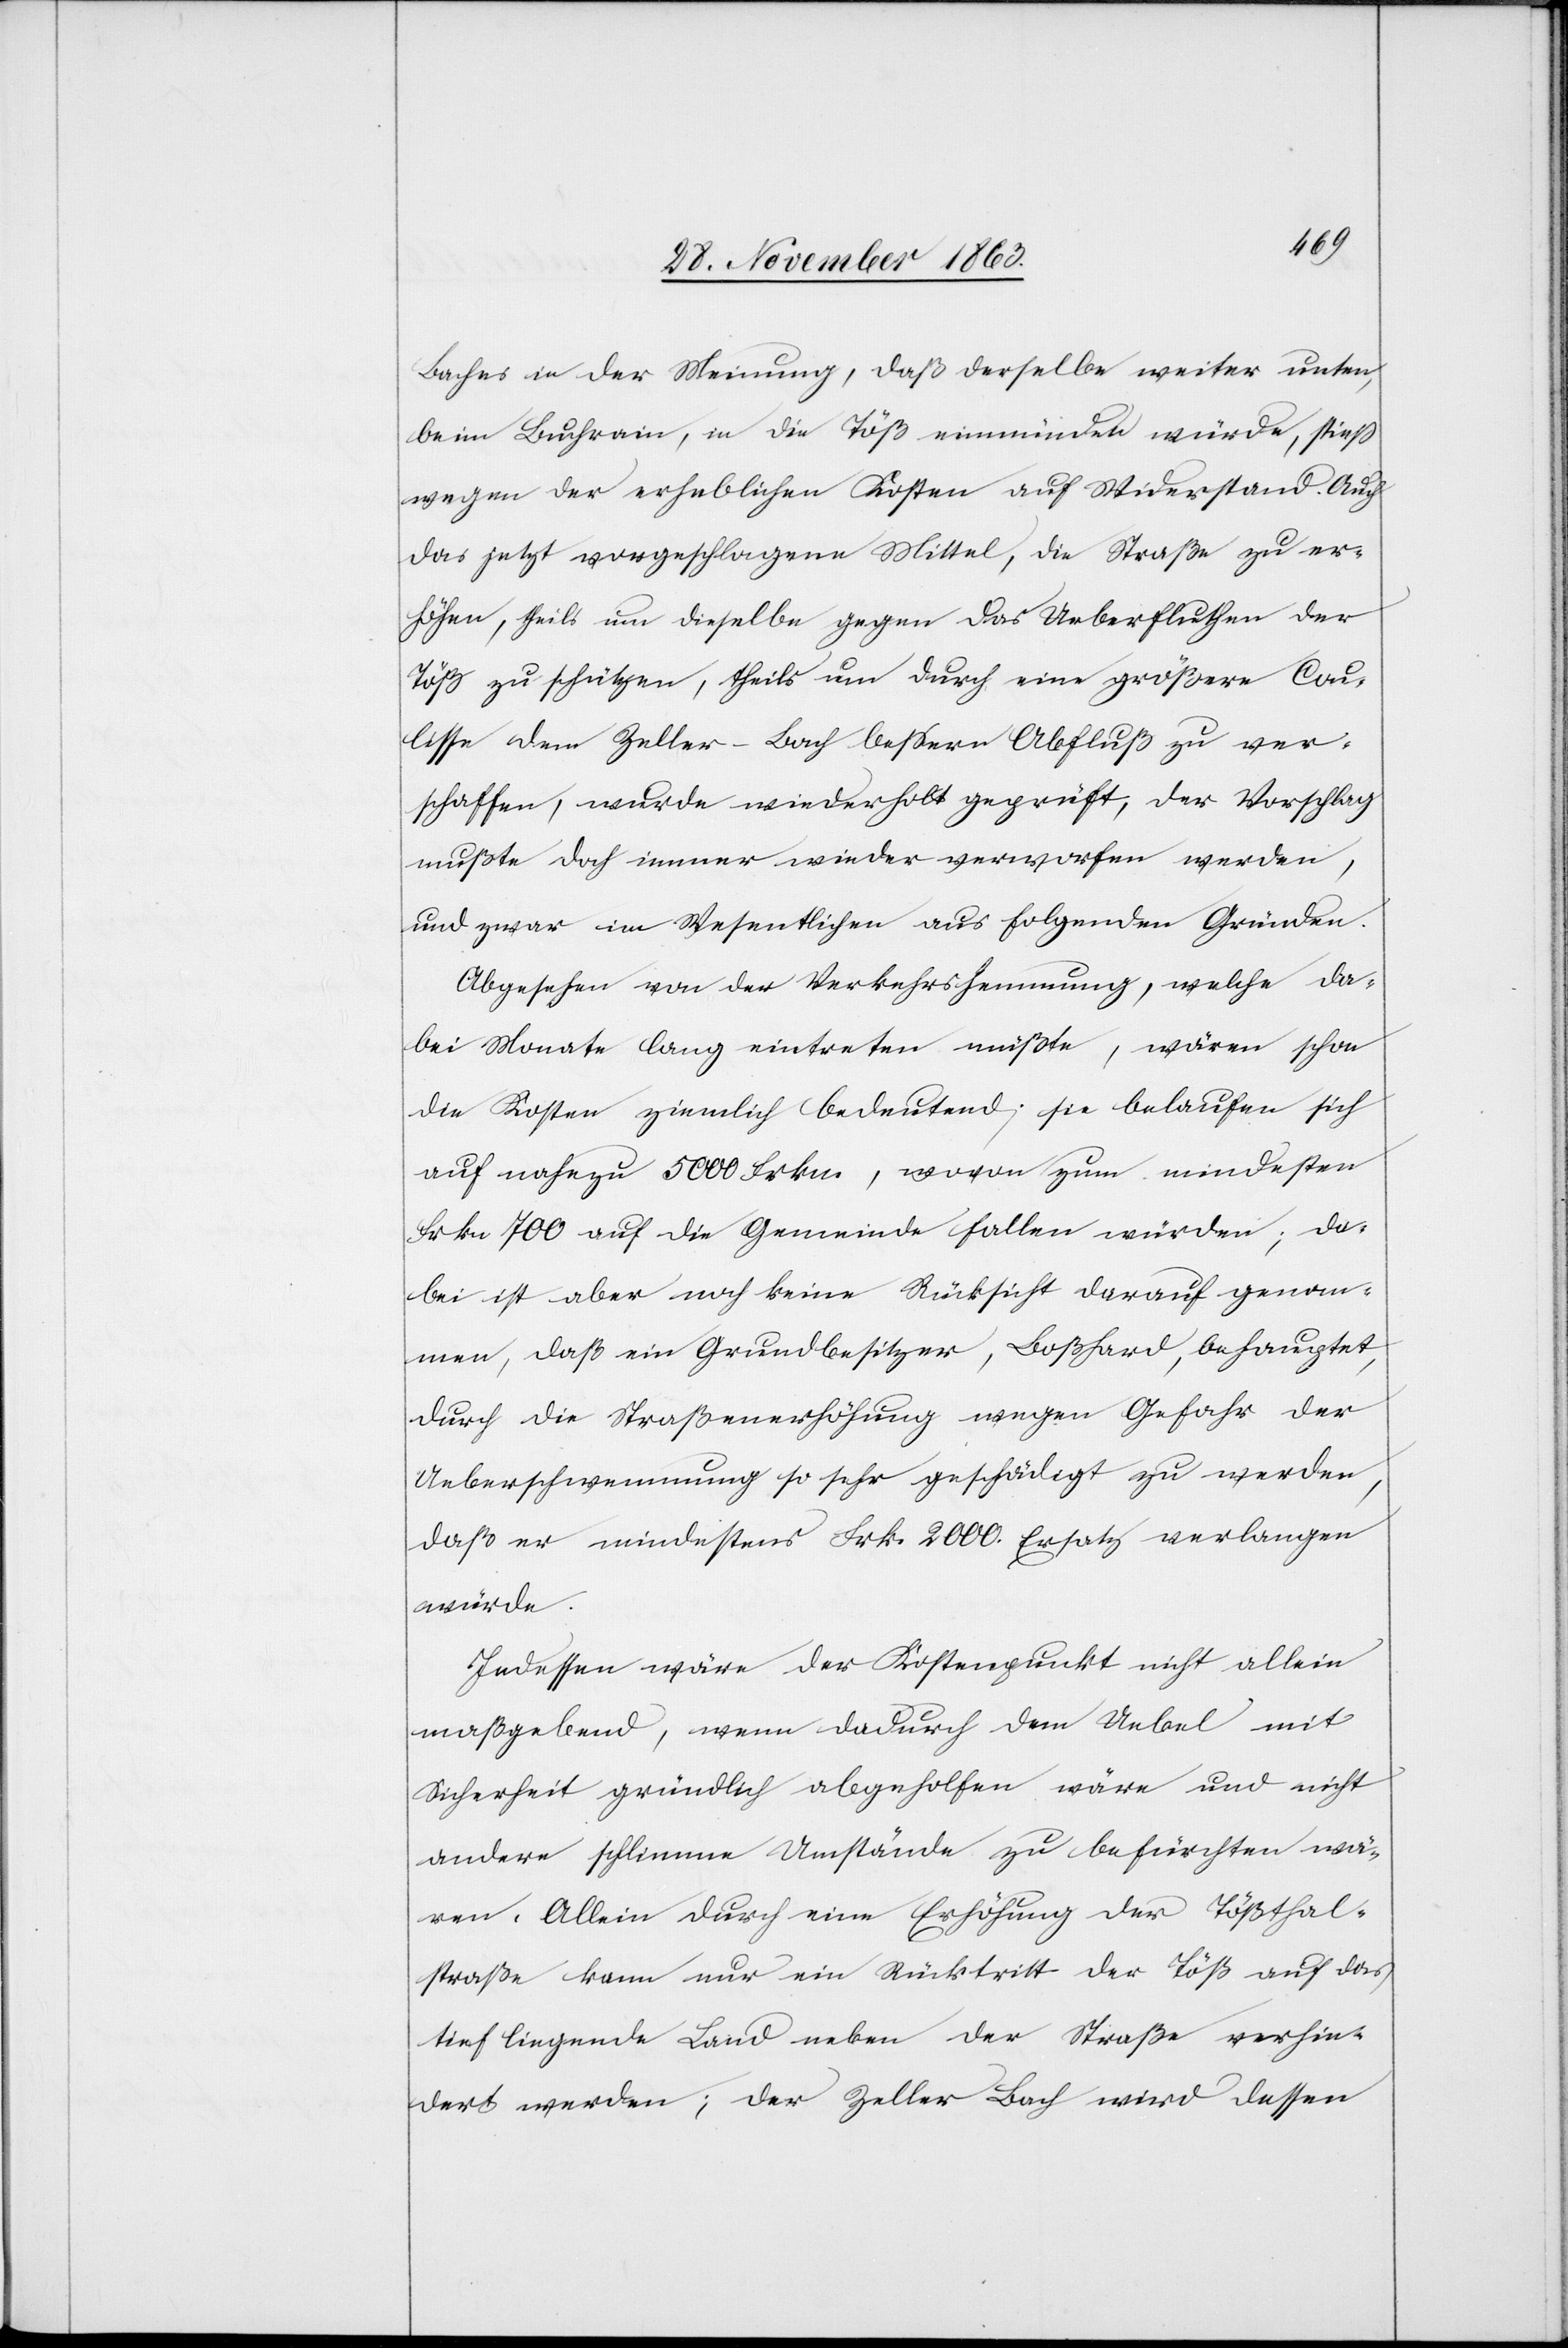
Baches in der Meinung, daß derselbe weiter unten,
beim Buchrain, in die Töß einmünden würde, stiess
wegen der erheblichen Kosten auf Widerstand. Auch
das jetzt vorgeschlagene Mittel, die Straße zu er¬
höhen, theils um dieselbe gegen das Ueberfluthen der
Töß zu schützen, theils um durch eine größere Cou¬
lisse dem Zeller-Bach bessern Abfluß zu ver¬
schaffen, wurde wiederholt geprüft, der Vorschlag
mußte doch immer wieder verworfen werden,
und zwar im Wesentlichen aus folgenden Gründen.
Abgesehen von der Verkehrshemmung, welche da¬
bei Monate lang eintreten müßte, wären schon
die Kosten ziemlich bedeutend; sie belaufen sich
auf nahezu 5000 Frkn., wovon zum mindesten
Frkn 700 auf die Gemeinde fallen würden; da¬
bei ist aber noch keine Rücksicht darauf genom¬
men, daß ein Grundbesitzer, Boßhard, behauptet,
durch die Straßenerhöhung wegen Gefahr der
Ueberschwemmung so sehr geschädigt zu werden,
daß er mindestens Frk. 2000. Ersatz verlangen
würde.
Indessen wäre der Kostenpunkt nicht allein
maßgebend, wenn dadurch dem Uebel mit
Sicherheit gründlich abgeholfen wäre und nicht
andere schlimme Umstände zu befürchten wä¬
ren. Allein durch eine Erhöhung der Tößthal¬
straße kann nur ein Rücktritt der Töß auf das
tief liegende Land neben der Straße verhin¬
dert werden; der Zeller Bach wird dessen